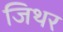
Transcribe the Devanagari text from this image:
जिथर